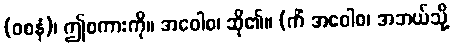
(ဝစနံ)၊ ဤစကားကို။ အဝေါစ၊ ဆို၏။ (ကိံ အဝေါစ၊ အဘယ်သို့